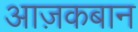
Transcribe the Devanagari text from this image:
आज़कबान